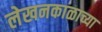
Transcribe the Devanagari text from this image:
लेखनकाळाच्या